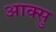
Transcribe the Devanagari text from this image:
आक्सु